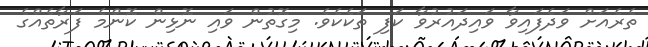
ތެރެއަށް ވަދެފައިވާ ވައިދައުރުވާ ކަފި ތަކެކެވެ. މިގޮތުން ވައި ނޮޅިން ކޮންމެ ފަރާތެއްގެ